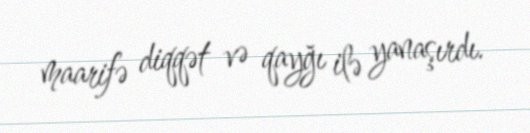
maarifə diqqət və qayğı ilə yanaşırdı.